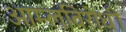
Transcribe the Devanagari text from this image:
आम्लविरोधी